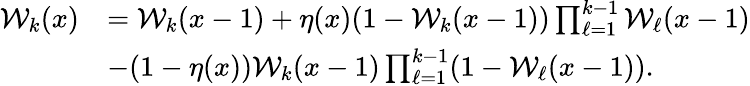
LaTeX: \begin{array}{rl}{\mathcal{W}_{k}(x)}&{=\mathcal{W}_{k}(x-1)+\eta(x)(1-\mathcal{W}_{k}(x-1))\prod_{\ell=1}^{k-1}\mathcal{W}_{\ell}(x-1)}\\ &{-(1-\eta(x))\mathcal{W}_{k}(x-1)\prod_{\ell=1}^{k-1}(1-\mathcal{W}_{\ell}(x-1)).}\end{array}